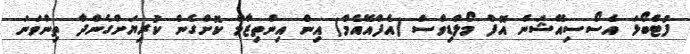
ފުޓްބޯޅަ އެސޯސިއޭޝަން އޮފް މޯލްޑިވްސް (އެފްއޭއެމް) އިން އިންތިޒާމް ކޮށްގެން ކުރިޔަށްގެންދާ ތިންވަނަ